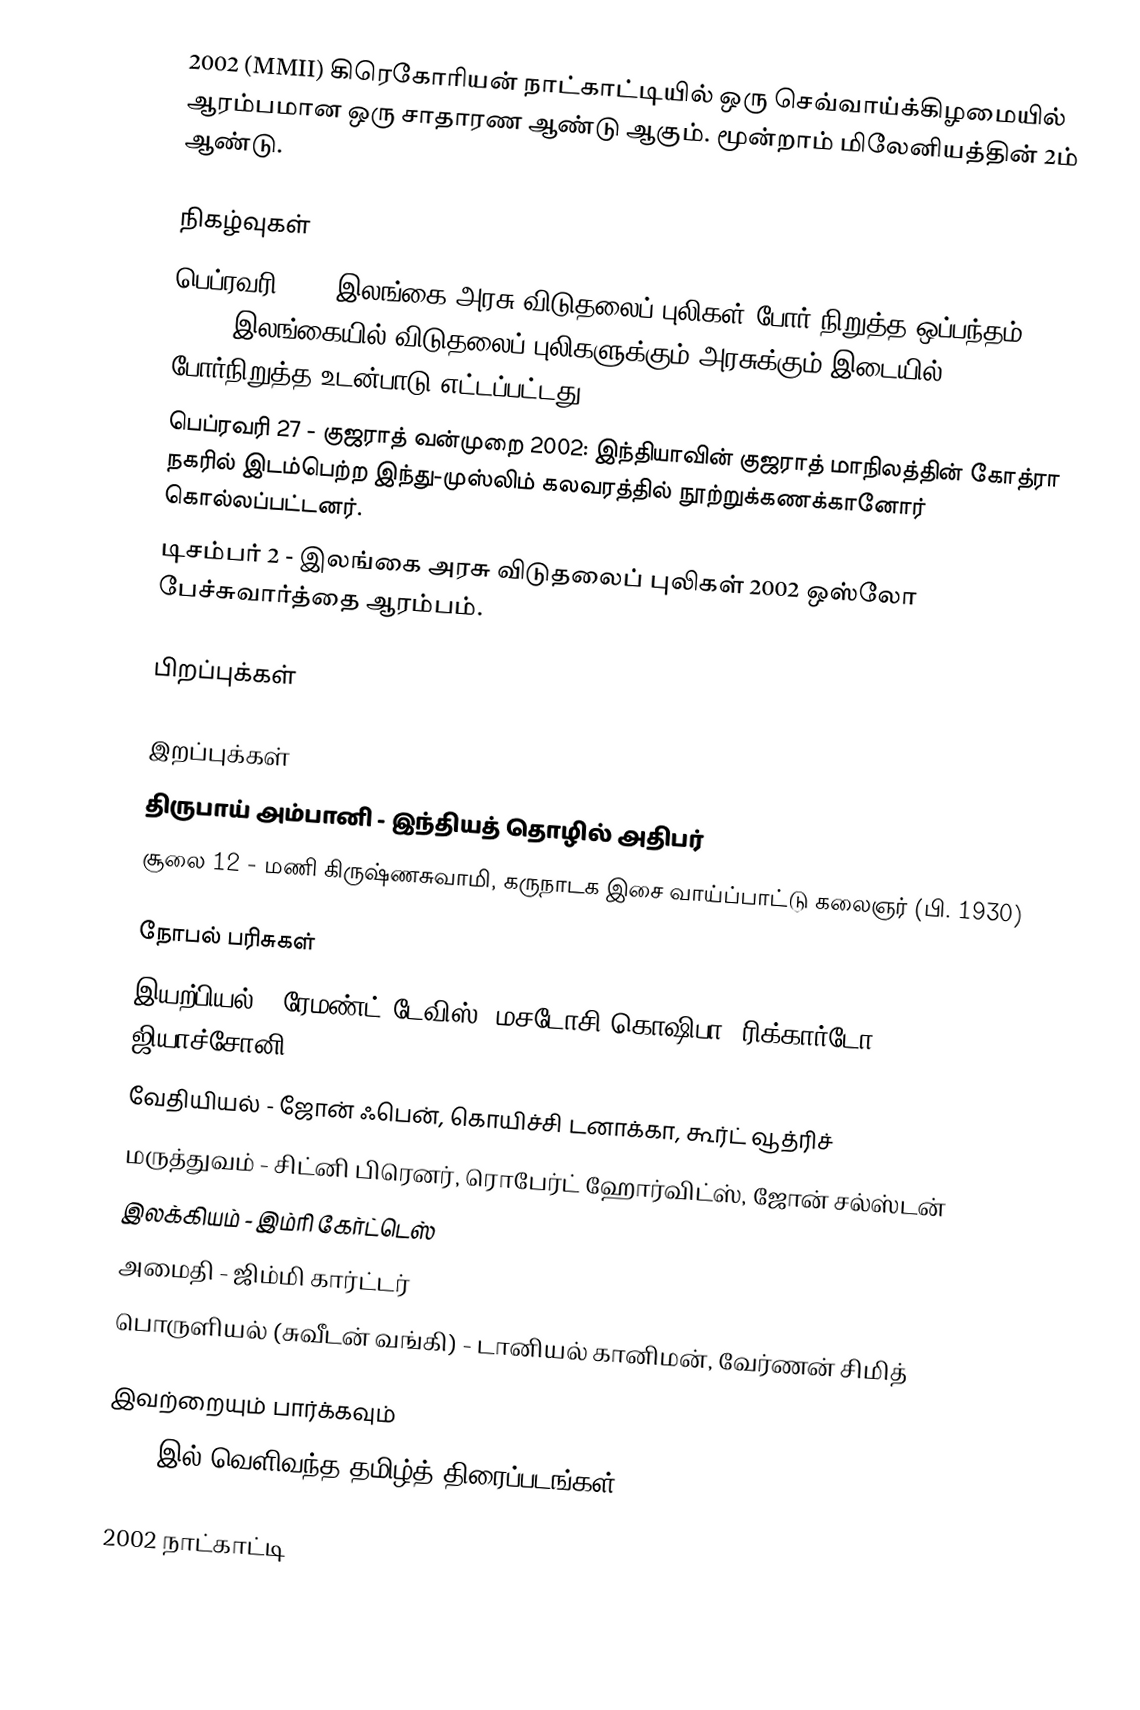
2002 (MMII) கிரெகோரியன் நாட்காட்டியில் ஒரு செவ்வாய்க்கிழமையில் ஆரம்பமான ஒரு சாதாரண ஆண்டு ஆகும். மூன்றாம் மிலேனியத்தின் 2ம் ஆண்டு.

நிகழ்வுகள்
 பெப்ரவரி 22 – இலங்கை அரசு விடுதலைப் புலிகள் போர் நிறுத்த ஒப்பந்தம், 2002: இலங்கையில் விடுதலைப் புலிகளுக்கும் அரசுக்கும் இடையில் போர்நிறுத்த உடன்பாடு எட்டப்பட்டது.
 பெப்ரவரி 27 - குஜராத் வன்முறை 2002: இந்தியாவின் குஜராத் மாநிலத்தின் கோத்ரா நகரில் இடம்பெற்ற இந்து-முஸ்லிம் கலவரத்தில் நூற்றுக்கணக்கானோர் கொல்லப்பட்டனர்.
 டிசம்பர் 2 - இலங்கை அரசு விடுதலைப் புலிகள் 2002 ஒஸ்லோ பேச்சுவார்த்தை ஆரம்பம்.

பிறப்புக்கள்

இறப்புக்கள்
 திருபாய் அம்பானி - இந்தியத் தொழில் அதிபர்
 சூலை 12 - மணி கிருஷ்ணசுவாமி, கருநாடக இசை வாய்ப்பாட்டு கலைஞர் (பி. 1930)

நோபல் பரிசுகள்
 இயற்பியல் - ரேமண்ட் டேவிஸ், மசடோசி கொஷிபா, ரிக்கார்டோ ஜியாச்சோனி
 வேதியியல் - ஜோன் ஃபென், கொயிச்சி டனாக்கா, கூர்ட் வூத்ரிச்
 மருத்துவம் - சிட்னி பிரெனர், ரொபேர்ட் ஹோர்விட்ஸ், ஜோன் சல்ஸ்டன்
 இலக்கியம் - இம்ரி கேர்ட்டெஸ்
 அமைதி - ஜிம்மி கார்ட்டர்
 பொருளியல் (சுவீடன் வங்கி) - டானியல் கானிமன், வேர்ணன் சிமித்

இவற்றையும் பார்க்கவும்
 2002 இல் வெளிவந்த தமிழ்த் திரைப்படங்கள்

2002 நாட்காட்டி